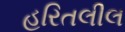
હરિતલીલ